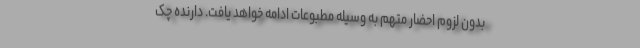
بدون لزوم احضار متهم به وسیله مطبوعات ادامه خواهد یافت. دارنده چک